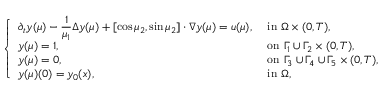
\left\{ \begin{array} { l l } { \displaystyle \partial _ { t } y ( \boldsymbol { \mu } ) - \frac { 1 } { \mu _ { 1 } } \Delta y ( \boldsymbol { \mu } ) + [ \cos { \mu _ { 2 } } , \sin { \mu _ { 2 } } ] \cdot \nabla y ( \boldsymbol { \mu } ) = u ( \boldsymbol { \mu } ) , } & { \mathrm { ~ i n ~ } \Omega \times ( 0 , T ) , } \\ { \displaystyle y ( \boldsymbol { \mu } ) = 1 , } & { \mathrm { ~ o n ~ } \Gamma _ { 1 } \cup \Gamma _ { 2 } \times ( 0 , T ) , } \\ { \displaystyle y ( \boldsymbol { \mu } ) = 0 , } & { \mathrm { ~ o n ~ } \Gamma _ { 3 } \cup \Gamma _ { 4 } \cup \Gamma _ { 5 } \times ( 0 , T ) , } \\ { \displaystyle y ( \boldsymbol { \mu } ) ( 0 ) = y _ { 0 } ( x ) , } & { \mathrm { ~ i n ~ } \Omega , } \end{array} \right.